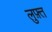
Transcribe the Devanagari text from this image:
लुफ़्त